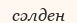
сәлден